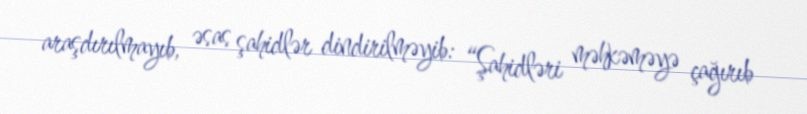
araşdırılmayıb, əsas şahidlər dindirilməyib: “Şahidləri məhkəməyə çağırıb